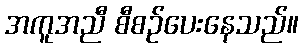
အကူအညီ စီစဉ်ပေးနေသည်။